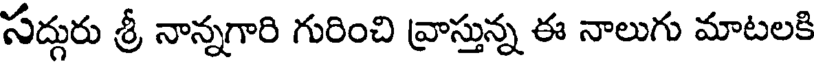
సద్గురు శ్రీ నాన్నగారి గురించి వ్రాస్తున్న ఈ నాలుగు మాటలకి